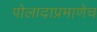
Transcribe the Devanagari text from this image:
पोलादाप्रमाणेच